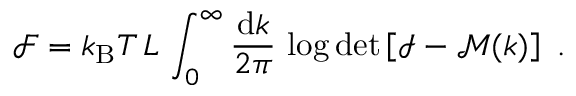
\mathcal { F } = k _ { \mathrm { B } } T \, L \, \int _ { 0 } ^ { \infty } \frac { \mathrm { d } k } { 2 \pi } \, \log \operatorname* { d e t } \left[ \mathcal { I } - \mathcal { M } ( k ) \right] ~ .